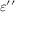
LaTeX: \varepsilon ^ { \prime \prime }